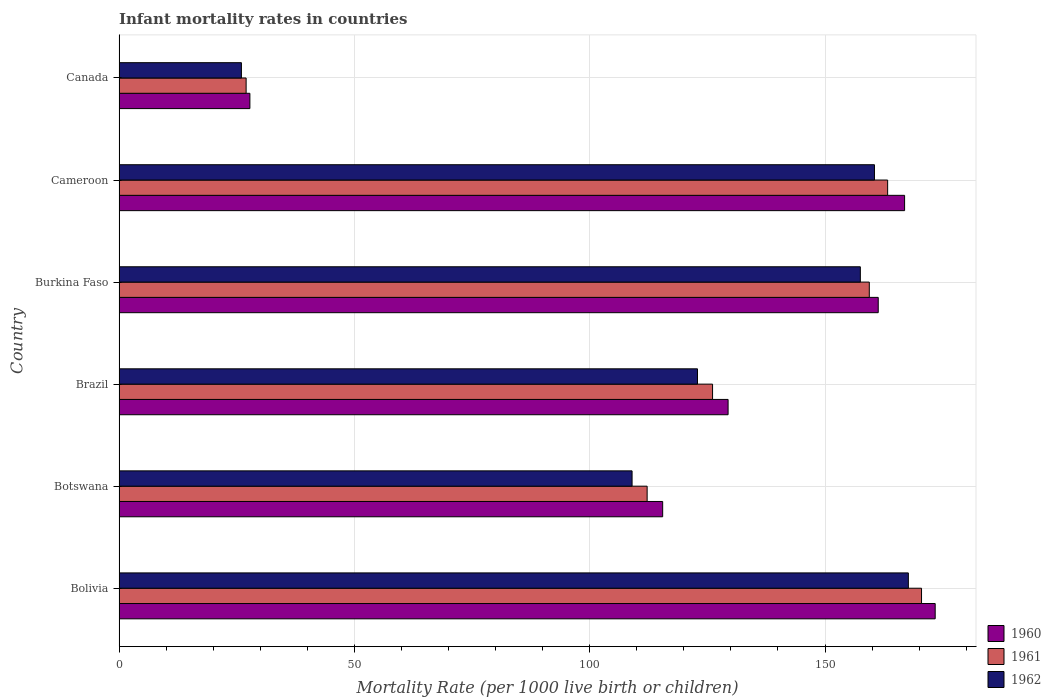
| Country | 1960 | 1961 | 1962 |
 | --- | --- | --- | --- |
 | Bolivia | 173 | 170 | 168 |
 | Botswana | 116 | 112 | 109 |
 | Brazil | 129 | 126 | 123 |
 | Burkina Faso | 161 | 159 | 158 |
 | Cameroon | 167 | 163 | 160 |
 | Canada | 27.8 | 27 | 26 |